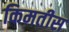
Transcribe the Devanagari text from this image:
किमतीस